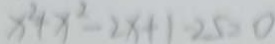
x ^ { 2 } + x ^ { 2 } - 2 x + 1 - 2 5 = 0